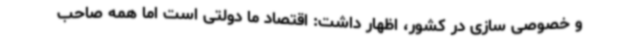
و خصوصی سازی در کشور، اظهار داشت: اقتصاد ما دولتی است اما همه صاحب